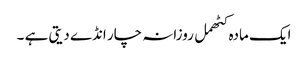
ایک مادہ کٹھمل روزانہ چار انڈے دیتی ہے ۔